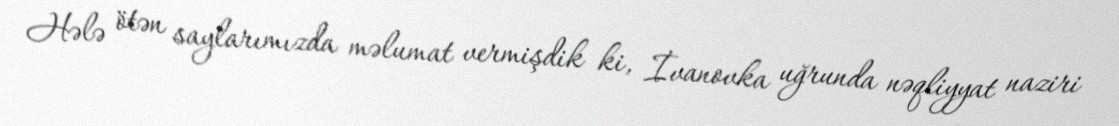
Hələ ötən saylarımızda məlumat vermişdik ki, İvanovka uğrunda nəqliyyat naziri